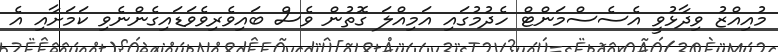
މުއިއްޒު ވިދާޅުވީ އެސެސްމަންޓް ހެދުމުގައި އަމިއްލަ ގޮތުން ވެސް ބައިވެރިވެވަޑައިގެންނެވި ކަމަށާއި އެ